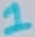
Text: 1